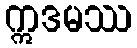
ဣဒမဿ